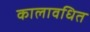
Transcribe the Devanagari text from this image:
कालावधित